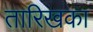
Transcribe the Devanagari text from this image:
तारिखका